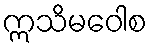
ဣသိမဝေါစ